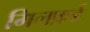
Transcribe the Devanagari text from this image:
मिलफ़र्ड